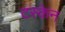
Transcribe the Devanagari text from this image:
टस्केन